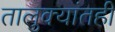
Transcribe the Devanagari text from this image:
तालुक्यांतही